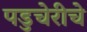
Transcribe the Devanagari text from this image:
पडुचेरीचे